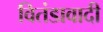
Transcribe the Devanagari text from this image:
वितंडावादी